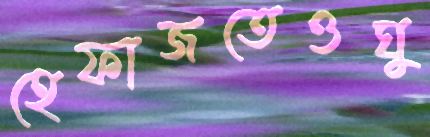
হেফাজতেওঘু